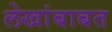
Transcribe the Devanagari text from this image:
लेखांबाबत